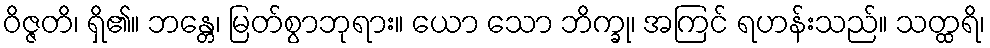
ဝိဇ္ဇတိ၊ ရှိ၏။ ဘန္တေ၊ မြတ်စွာဘုရား။ ယော သော ဘိက္ခု၊ အကြင် ရဟန်းသည်။ သတ္ထရိ၊